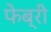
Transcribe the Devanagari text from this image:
फेब्री